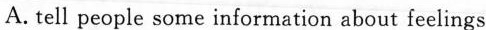
A.tell people some information about feelings